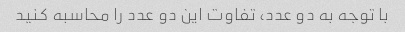
با توجه به دو عدد، تفاوت این دو عدد را محاسبه کنید